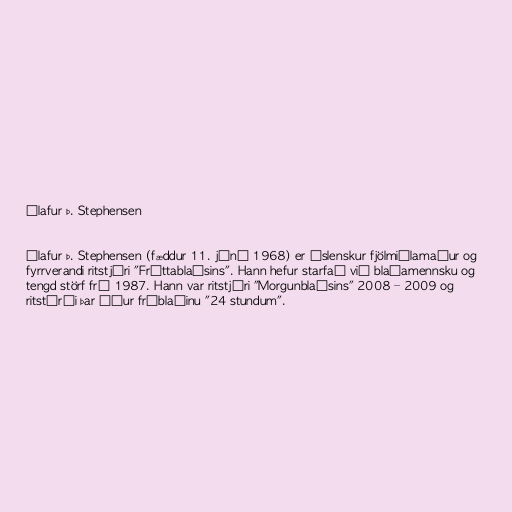
Ólafur Þ. Stephensen

Ólafur Þ. Stephensen (fæddur 11. júní 1968) er íslenskur fjölmiðlamaður og
fyrrverandi ritstjóri "Fréttablaðsins". Hann hefur starfað við blaðamennsku og
tengd störf frá 1987. Hann var ritstjóri "Morgunblaðsins" 2008 – 2009 og
ritstýrði þar áður fríblaðinu "24 stundum".